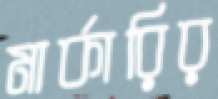
মার্কারির